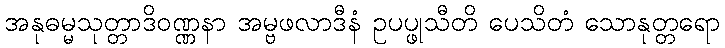
အနုဓမ္မသုတ္တာဒိဝဏ္ဏနာ အမ္ဗဖလာဒီနံ ဥပပ္ဖုသီတိ ပေသိတံ သောနုတ္တရော